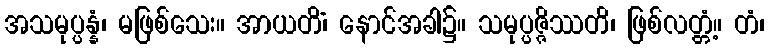
အသမုပ္ပန္နံ၊ မဖြစ်သေး။ အာယတိံ၊ နောင်အခါ၌။ သမုပ္ပဇ္ဇိဿတိ၊ ဖြစ်လတ္တံ့။ တံ၊